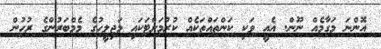
އޮންނަ މަގާމެއް ނޫން. އެއީ ވަކި ކަންތައްތަކެއް ކުރުމަށްޓަކައި މަޖިލީހުގެ މެމްބަރުންގެ ރުހުން